Indian journal of veterinary science and animal husbandry - Volume 5,
Year: 1935
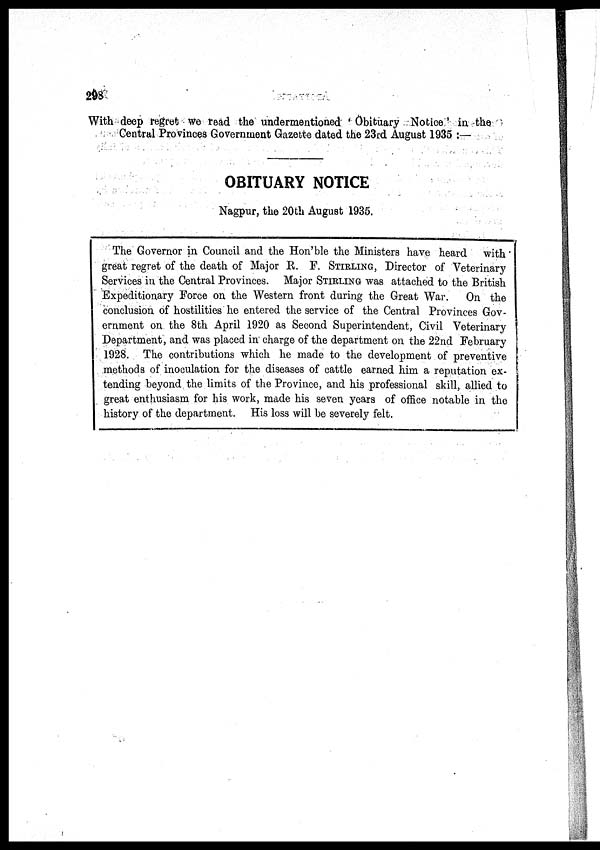
298
With deep regret we read the undermentioned ' Obituary Notice ' in the
Central Provinces Government Gazette dated the 23rd August 1935 :—
OBITUARY NOTICE
Nagpur, the 20th August 1935.
The Governor in Council and the Hon'ble the Ministers have heard
with
great regret of the death of Major R. F. STIRLING, Director of Veterinary
Services in the Central Provinces. Major STIRLING was attached to the British
Expeditionary Force on the Western front during the Great War.
On the
conclusion of hostilities he entered the service of the Central Provinces Gov-
ernment on the 8th April 1920 as Second Superintendent, Civil Veterinary
Department, and was placed in charge of the department on the 22nd February
1928. The contributions which he made to the development of preventive
methods of inoculation for the diseases of cattle earned him a reputation ex-
tending beyond the limits of the Province, and his professional skill, allied to
great enthusiasm for his work, made his seven years of office notable in the
history of the department. His loss will be severely felt.